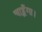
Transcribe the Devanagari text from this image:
चाहूँगा।